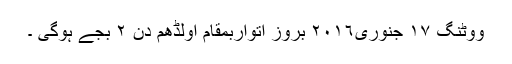
ووٹنگ ١٧ جنوری٢٠١٦ بروز اتواربمقام اولڈھم دن ٢ بجے ہوگی ۔